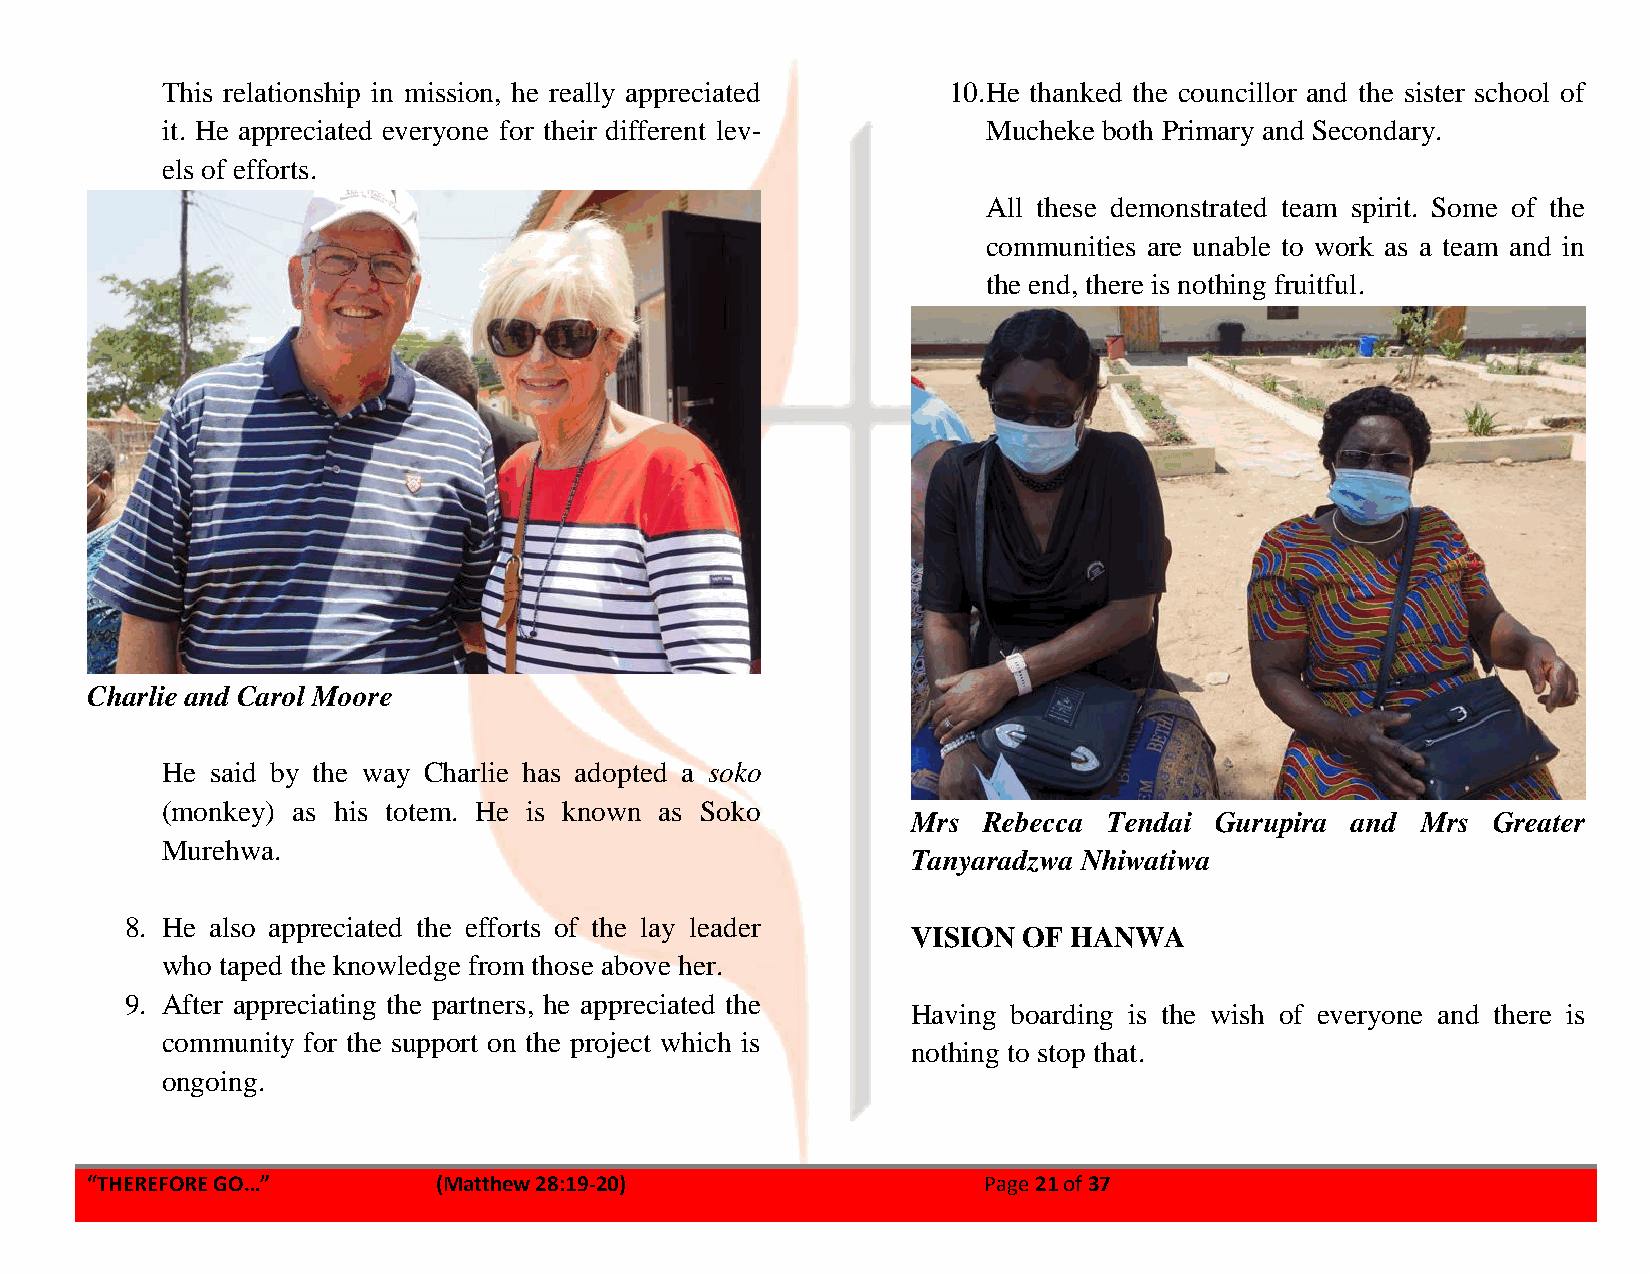
This relationship in mission, he really appreciated 10. He thanked the councillor and the sister school of
 it. He appreciated everyone for their different lev-  Mucheke both Primary and Secondary.
 els of efforts.
 All these demonstrated team spirit. Some of the
 communities are unable to work as a team and in
 the end, there is nothing fruitful.
 Charlie and Carol Moore
 He said by the way Charlie has adopted a soko
 (monkey) as his totem. He is known as Soko
 Mrs  Rebecca Tendai Gurupira and  Mrs  Greater
 Murehwa.
 Tanyaradzwa Nhiwatiwa
 8. He also appreciated the efforts of the lay leader
 VISION  OF HANWA
 who taped the knowledge from those above her.
 9. After appreciating the partners, he appreciated the
 Having boarding is the wish of everyone and there is
 community for the support on the project which is
 nothing to stop that.
 ongoing.
 “THEREFORE GO…”        (Matthew 28:19-20)                  Page 21 of 37